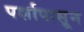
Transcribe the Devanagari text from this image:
पर्शापासून